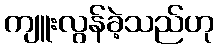
ကျူးလွန်ခဲ့သည်ဟု